Memorandum on the prevention of leprosy by segregation of the affected
Disease focus: Leprosy
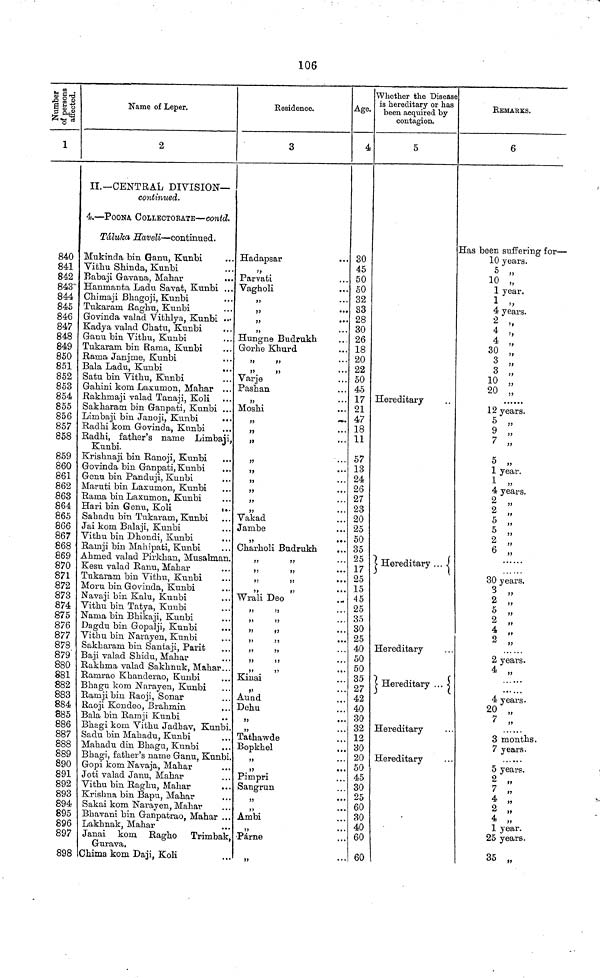
106
ta
1
840
841
842
843
844
845
846
847
848
849
850
851
852
853
854
855
856
857
858
859
860
861
862
863
864
865
866
867
868
869
870
871
872
873
874
875
876
877
878
879'
880
881
882
883
884
885
886
887
888
889
890
891
892
893
894
895
896
897
898
Name of Leper.
2
II.—CENTRAL DIVISION—
continued.
4.—POONA COLLECTORATE—contd.
Tálulca Haveli—continued.
Mukinda bin Garni, Kunbi
Vithu Shinda, Kunbi
Babaji Gavana, Mahar
Hamnanta Ladu Savat, Kunbi ...
Chimaji Bhagoji, Kunbi
Tukararn Raghu, Kunbi
Govinda valad Vithlya, Kunbi •••
Kadya valad Ohatu, Kunbi
Ganu bin Vithu, Kunbi
Tukarana bin Rama, Kunbi
Rama Janjme, Kunbi
Bala Ladu, Kunbi
Satu bin Vithu, Kunbi
Gahini kom Laxurnon, Mahar ...
Rakhmaji valad Tanaji, Koli
Sakharam bin Ganpati, Kunbi ...
Limbaji bin Janoji, Kunbi
...
Radhi kom Govinda, Kunbi
Radhi, father's name Limbaji,
Kunbi.
Krishnaji bin Ranoji, Kunbi ...
Govinda bin Ganpati, Kunbi
Genu bin Panduji, Kunbi
Maruti bin Lasumon, Kunbi
Rama bin Laxumon, Kunbi
Hari bin Genu, Koli
Sabadu bin Tukaram, Kunbi
Jai kom Balaji, Kunbi
Vitbu bin Dhondi, Kunbi
Rainji bin Mahipati, Kunbi
Ahmed valad Pirkhan, Musalman.
Kesu valad Ranu, Mahar
Tukaram bin Vithu, Kunbi
Moru bin Govinda, Kunbi
Navaji bin Kalu, Kunbi
Vithu bin Tatya, Kunbi
Nama bin Bhikaji, Kunbi
Dagdu bin Gopalji, Kunbi
Vithu bin Narayen, Kunbi
Sakharam bin Santaji, Parit
Baji valad Shiclu, Mahar
Rakhma valad Sakhnuk, Mahar..
Ramrao Khanderao, Kunbi
Bhagu kom Narayen, Kunbi
Ramji bin Raoji, Sonar
Raoji Kondeo, Brahmin
Bala bin Ramji Kunbi
Bhagi kom Vithu Jadhav, Kunbi,
Sadu bin Mahadu, Kunbi
Mahadu din Bhagu, Kunbi
Bhagi, father's name Ganu, Kunb
Gopi kom Navaja, Mahar
Joti valad Janu, Mahar
Vithu bin Raghu, Mahar
Krishna bin Bapu, Mahar
Sakai kom Narayen, Mahar
Bhavani bin Ganpatrao, Mahar .
Lakhnak, Mahar
Janai kom Ragho Trimbak
Gurava.
Chima kom Daji, Koli
Residence.
3
Hadapsar
Parvati
Vagholi
,,
...
,,
...
,,
...
Hungne Budrukh
Gorhe Khurd
" "
Varje
Pashan
"
Moshi
"
"
"
»
"
"
"
Vakad
Jambe
"
Charholi Budrukh
Wrali Deo
Kinai
Aund
Dehu
Tathawde
Bopkhel
.
. "
.
*
Pimpri
Sangrun
Ambi
Párne
Age.
4
30
45
50
50
32
83
28
30
26
18
20
22
50
45
17
21
47
18
11
57
13
24
26
27
23
20
25
50
35
25
17
25
15
45
25
35
30
25
40
50
50
35
27
42
40
30
32
12
30
20
50
45
30
25
60
30
40
60
60
Whether the Disease
is hereditary or has
been acquired by
contagion.
5
Hereditary
Hereditary ... i
Hereditary
Hereditary ...
Hereditary
Hereditary
REMARKS.
6
Has been stuffering for—
10 years.
5
10 „
1 year.
4 years.
2
4
»,
4
30
3
3
10
20 „
12 years.
5
9 „
7 „
5 „
1 year.
1 „
4 years.
2 „
2 „
5 „
5 „
2 „
6 „
30 years.
3 „
2 „
5 „
2 „
4 „
2 „
2 years.
4 „
4 years.
20 „
7
3 months.
7 years.
5 years.
2 „
7 „
4 „
2 „
4 „
1 year.
25 years.
35 „